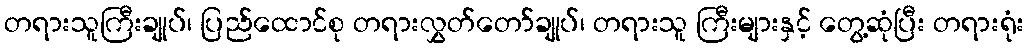
တရားသူကြီးချုပ်၊ ပြည်ထောင်စု တရားလွှတ်တော်ချုပ်၊ တရားသူ ကြီးများနှင့် တွေ့ဆုံပြီး တရားရုံး